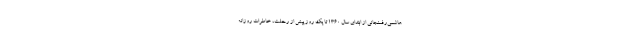
هاشمی‌رفسنجانی از ابتدای سال 1360 تا یک روز پیش از رحلت، خاطرات روزانه